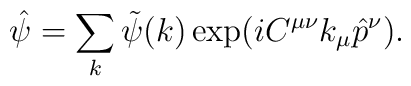
\hat{\psi}=\sum _{k} \tilde{\psi}(k) \exp(i C^{\mu \nu} k_{\mu} \hat{p}^{\nu}).